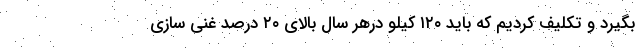
بگیرد و تکلیف کردیم که باید ۱۲۰ کیلو درهر سال بالای ۲۰ درصد غنی سازی